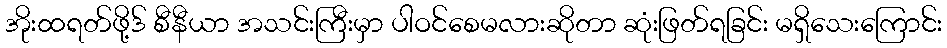
အိုးထရတ်ဖို့ဒ် စီနီယာ အသင်းကြီးမှာ ပါဝင်စေမလားဆိုတာ ဆုံးဖြတ်ရခြင်း မရှိသေးကြောင်း